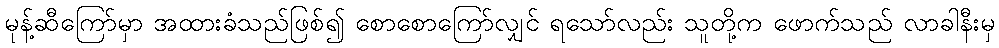
မုန့်ဆီကြော်မှာ အထားခံသည်ဖြစ်၍ စောစောကြော်လျှင် ရသော်လည်း သူတို့က ဖောက်သည် လာခါနီးမှ